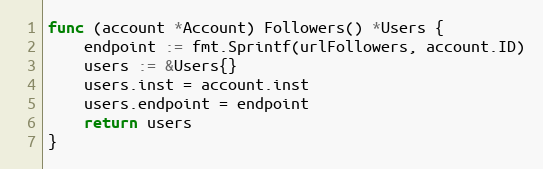
Language: Go
func (account *Account) Followers() *Users {
	endpoint := fmt.Sprintf(urlFollowers, account.ID)
	users := &Users{}
	users.inst = account.inst
	users.endpoint = endpoint
	return users
}